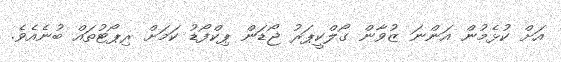
އަށް ކުޅެމުން އަންނަ ޒުވާން ގޯލްކީޕަރު ޖޯޑަން ޕިކްފޯޑު ކަމަށް ރިޕޯޓުތައް ބުނެއެވެ.